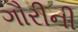
ગૌરીની